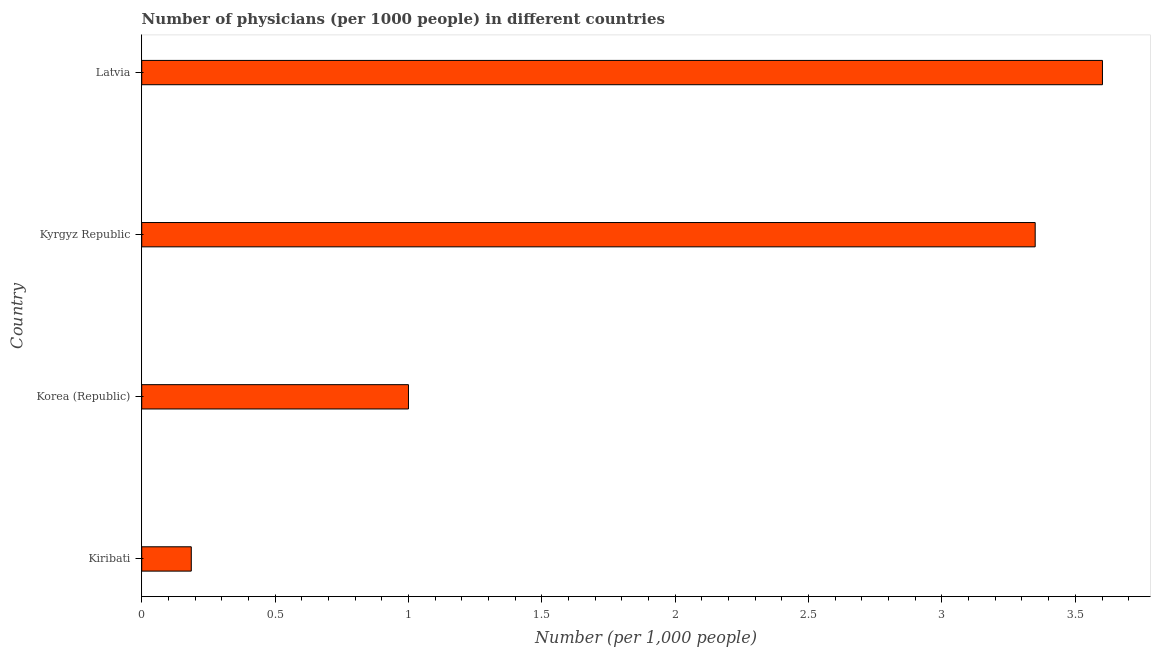
| Country | Physicians |
 | --- | --- |
 | Kiribati | 0.186 |
 | Korea (Republic) | 1 |
 | Kyrgyz Republic | 3.35 |
 | Latvia | 3.6 |